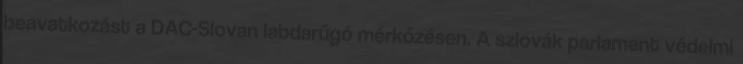
beavatkozást a DAC-Slovan labdarúgó mérkőzésen. A szlovák parlament védelmi